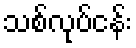
သစ်လုပ်ငန်း